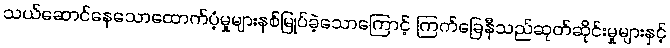
သယ်ဆောင်နေသောထောက်ပံ့မှုများနစ်မြုပ်ခဲ့သောကြောင့် ကြက်ခြေနီသည်ဆုတ်ဆိုင်းမှုများနှင့်